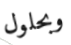
وبحلول